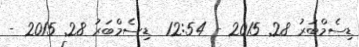
ޑިސެމްބަރު 28